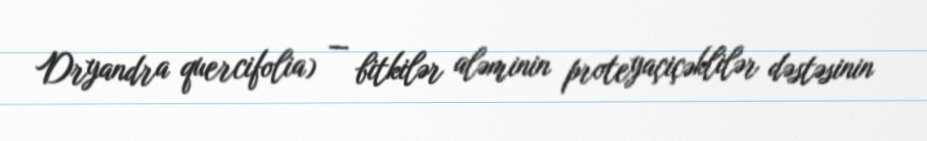
Dryandra quercifolia) — bitkilər aləminin proteyaçiçəklilər dəstəsinin